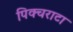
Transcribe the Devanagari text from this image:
पिक्चराटा